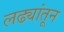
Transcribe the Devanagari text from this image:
लढ्यांतून